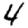
Digit: 4